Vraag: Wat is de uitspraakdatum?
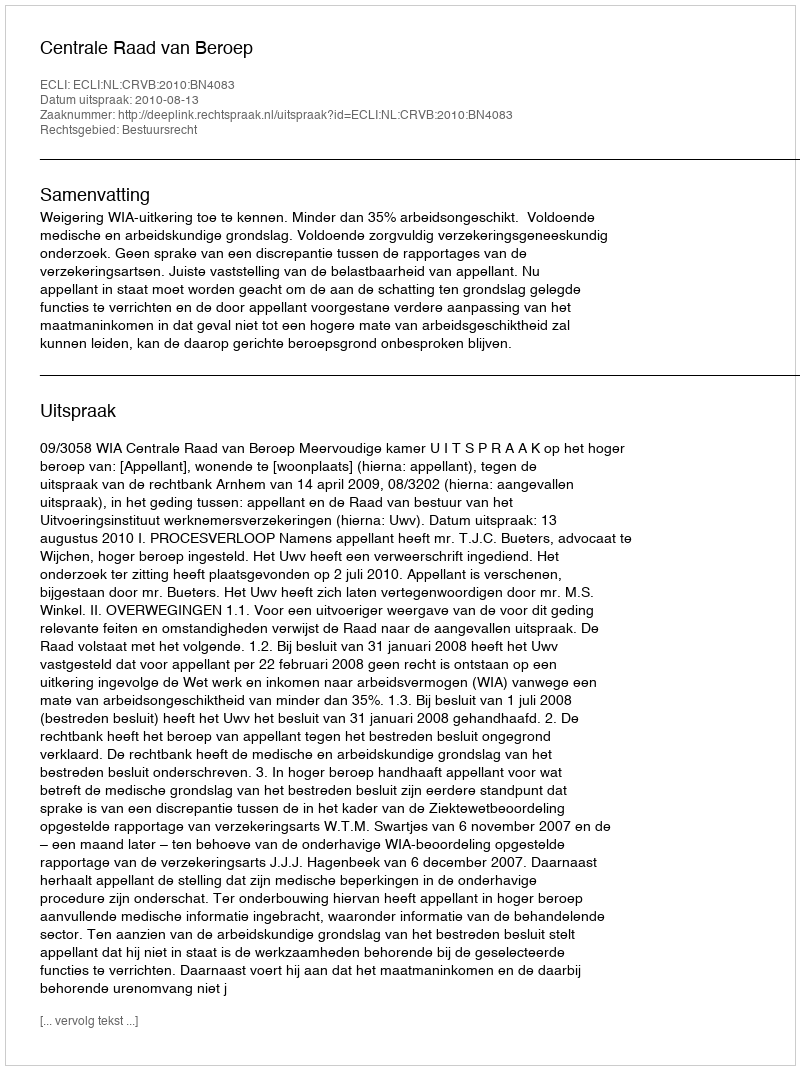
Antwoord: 2010-08-13